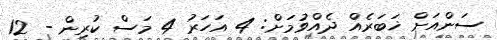
ސަންއަށް ޚަބަރެއް ދެއްވުމަށް: 4 އަހަރު 4 މަސް ކުރިން - 12